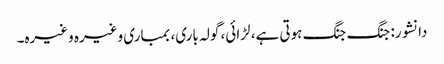
دانشور: جنگ جنگ ہوتی ہے، لڑائی، گولہ باری، بمباری وغیرہ وغیرہ۔